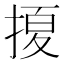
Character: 𱠖